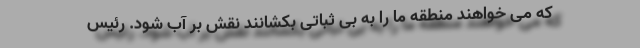
که می خواهند منطقه ما را به بی ثباتی بکشانند نقش بر آب شود. رئیس